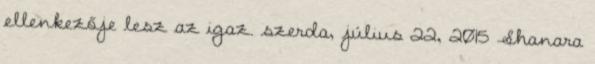
ellenkezője lesz az igaz. szerda, július 22, 2015 Shanara